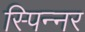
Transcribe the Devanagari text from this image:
स्पिन्नर